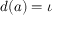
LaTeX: d ( a ) = \iota